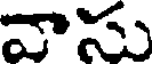
వాసు